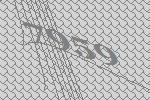
7959